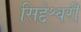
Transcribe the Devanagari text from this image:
सिद्देश्वरी